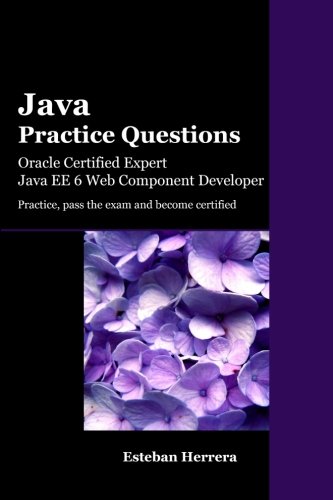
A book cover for Java Practice Questions: Oracle Certified Expert, Java EE 6 Web Component Developer; Esteban Herrera; Computers & Technology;